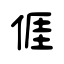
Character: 𠊎